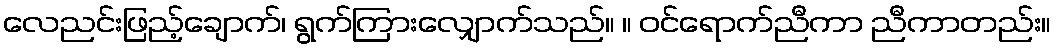
လေညင်းဖြည့်ချောက်၊ ရွက်ကြားလျှောက်သည်။ ။ ဝင်ရောက်ညီကာ ညီကာတည်း။